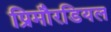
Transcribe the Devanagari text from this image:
प्रिमौरडियल